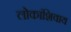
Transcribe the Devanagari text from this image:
लोकांशिवाय